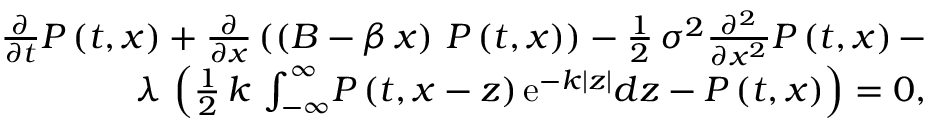
\begin{array} { r l r } & { } & { { \frac { \partial } { \partial t } } P \left( t , x \right) + { \frac { \partial } { \partial x } } \left( \left( B - \beta \, x \right) \, P \left( t , x \right) \right) - \frac 1 2 \, { \sigma } ^ { 2 } { \frac { \partial ^ { 2 } } { \partial { x } ^ { 2 } } } P \left( t , x \right) - } \\ & { } & { { \lambda } \, \left( \frac 1 2 \, { k } \, \int _ { - \infty } ^ { \infty } \! P \left( t , x - z \right) { \mathrm { e } ^ { - k \left| z \right| } } { d z } - P \left( t , x \right) \right) = 0 , } \end{array}